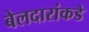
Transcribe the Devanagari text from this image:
बेलदारांकडे